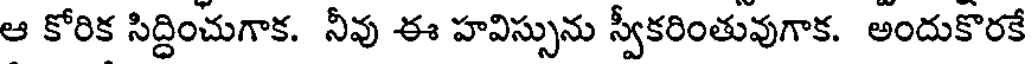
ఆ కోరిక సిద్దించుగాక. నీవు ఈ హవిస్సును స్వీకరింతువుగాక. అందుకొరకే